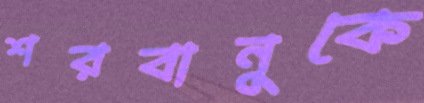
শরবানুকে